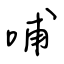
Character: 哺